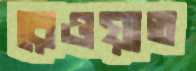
রেওয়াত